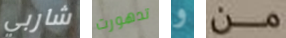
شاربي تدهورت و من